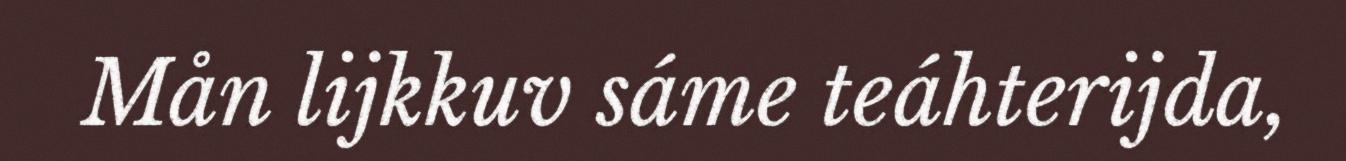
Mån lijkkuv sáme teáhterijda,